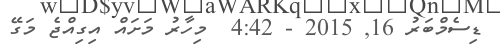
ޑިސެމްބަރު 16